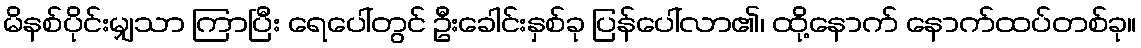
မိနစ်ပိုင်းမျှသာ ကြာပြီး ရေပေါ်တွင် ဦးခေါင်းနှစ်ခု ပြန်ပေါ်လာ၏၊ ထို့နောက် နောက်ထပ်တစ်ခု။